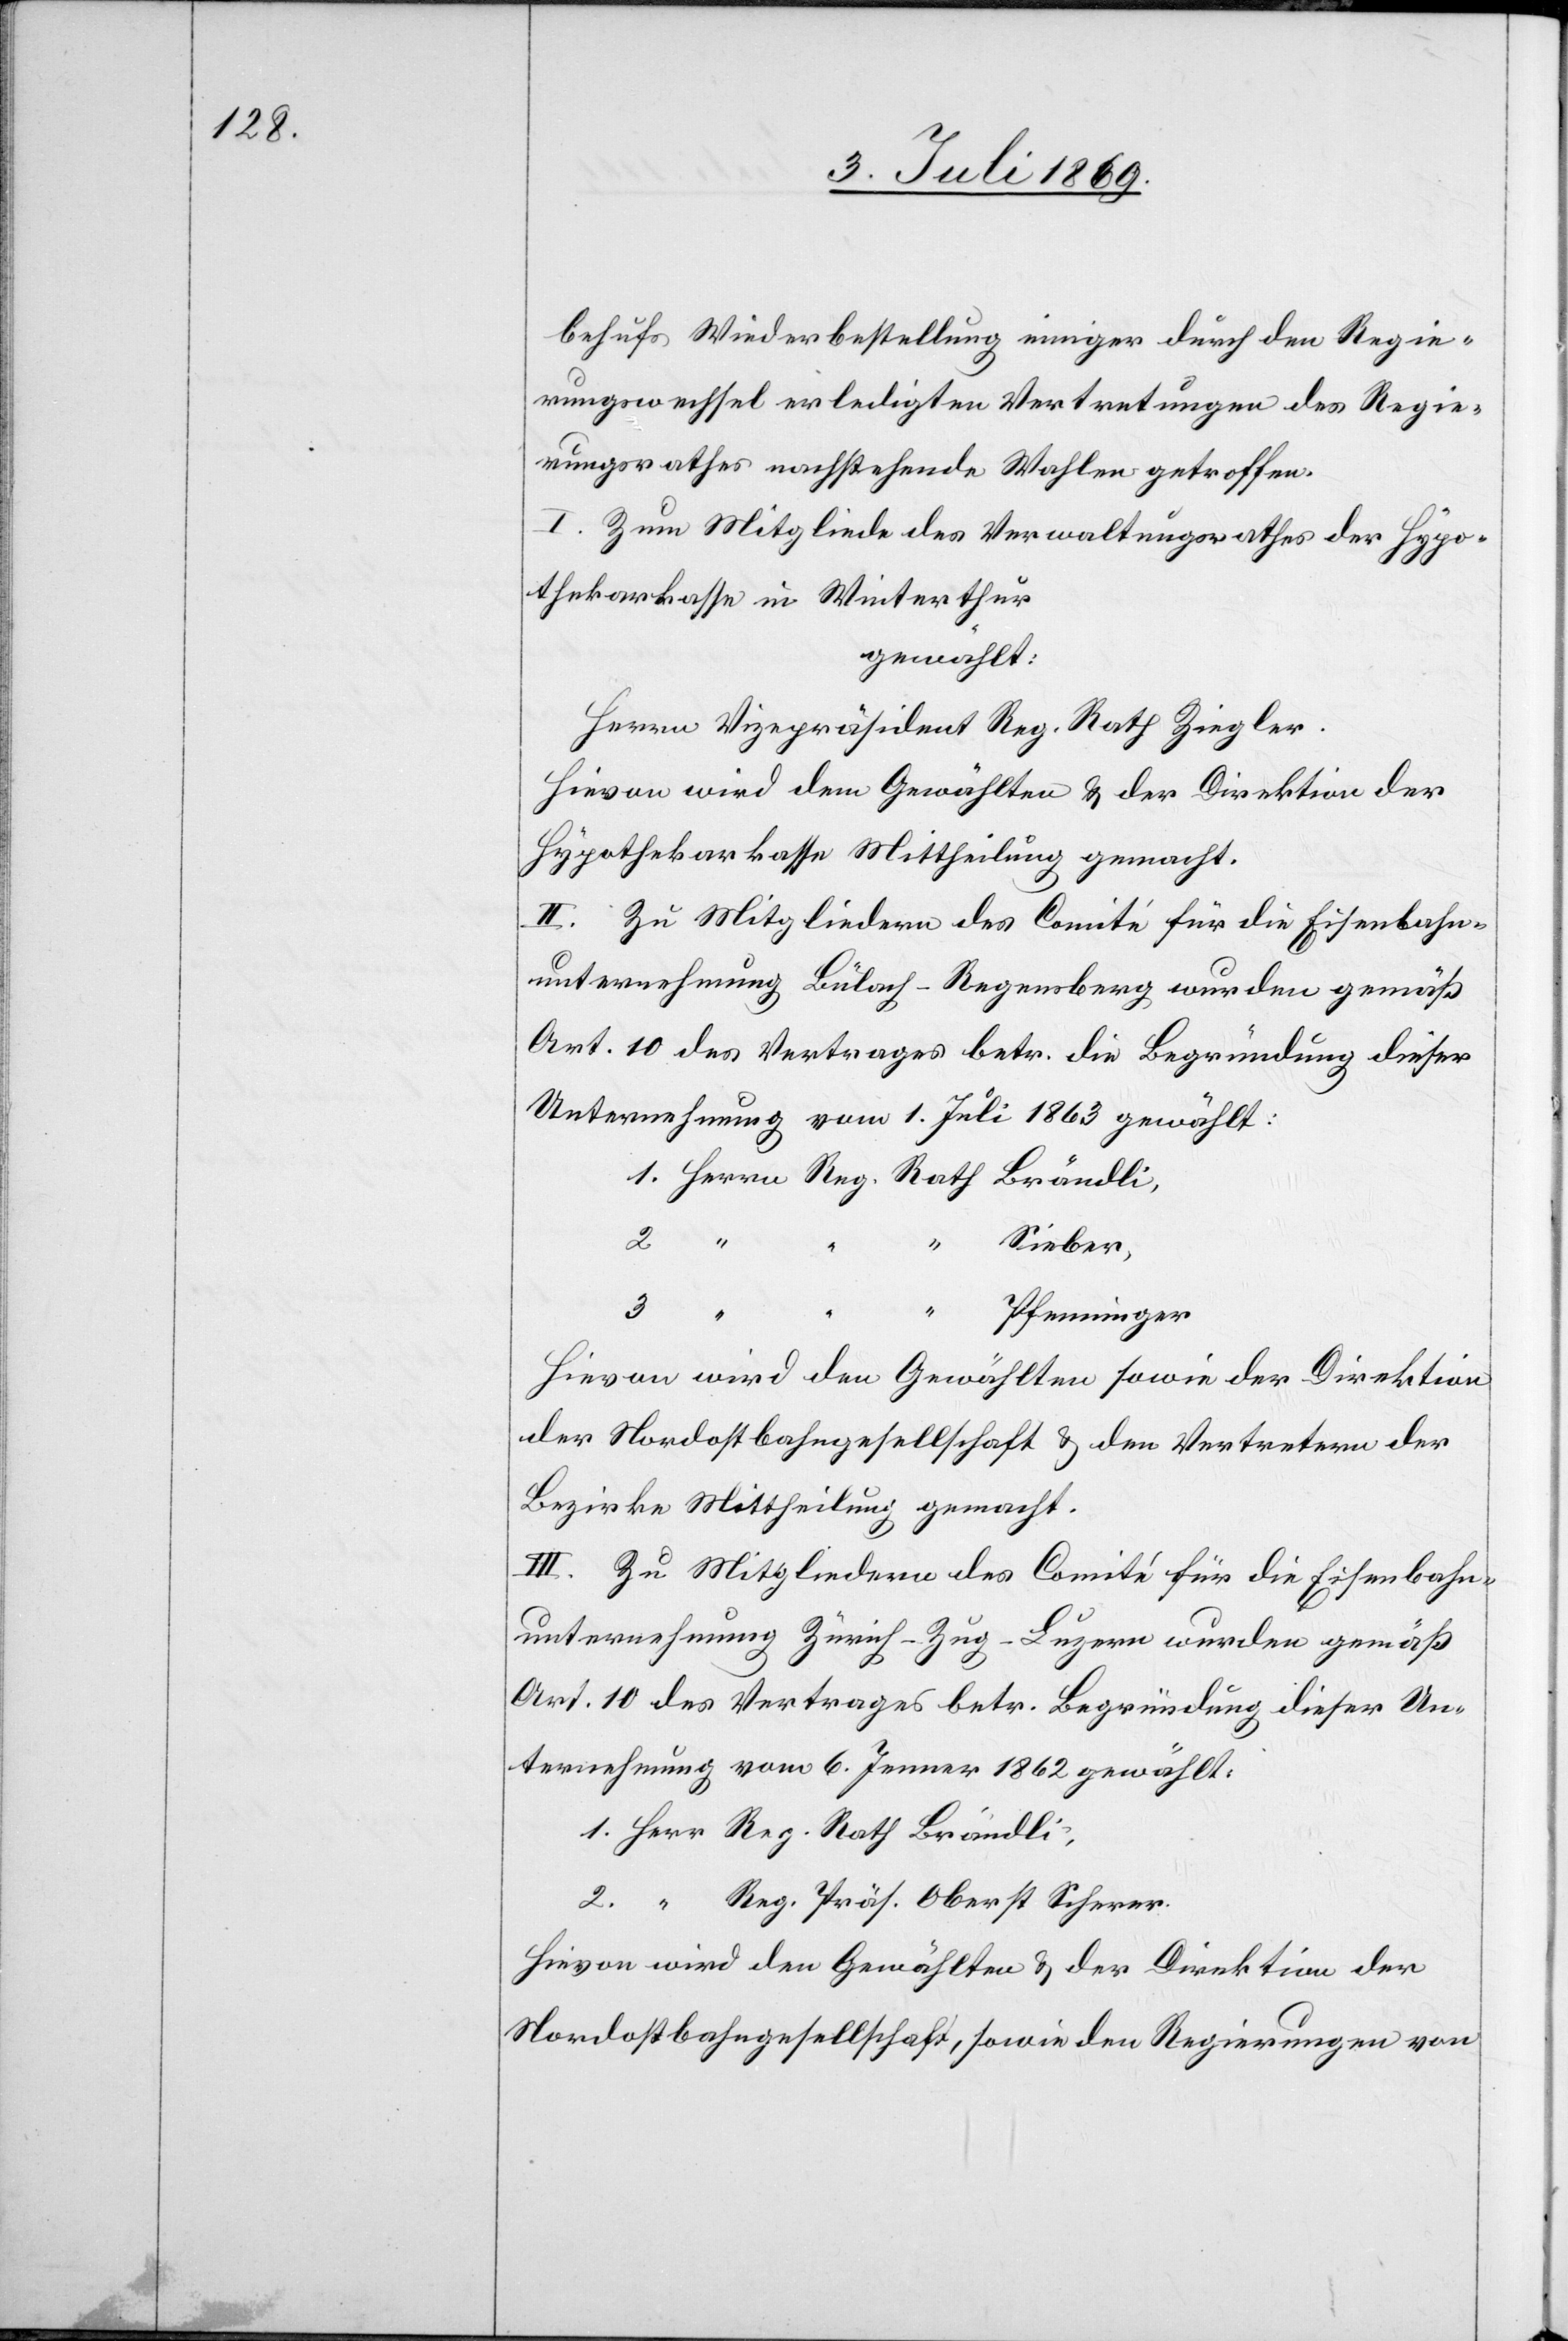
behufs Wiederbestellung einiger durch den Regie¬
rungswechsel erledigten Vertretungen des Regie¬
rungsrathes nachstehende Wahlen getroffen.
I. Zum Mitgliede des Verwaltungsrathes der Hypo¬
thekenkasse in Winterthur
gewählt:
Herrn Vizepräsident Reg. Rath Ziegler.
Hievon wird dem Gewählten u. der Direktion der
Hypothekarkasse Mittheilung gemacht.
II. Zu Mitgliedern des Comité für die Eisenbahn¬
unternehmung Bülach-Regensberg wurden gemäß
Art. 10 des Vertrages betr. die Begründung dieser
Unternehmung vom 1 Juli 1863 gewählt:
Herrn Reg. Rath Brändli,
ber,
Pfenninger
Hievon wird den Gewählten sowie der Direktion
der Nordostbahngesellschaft u. den Vertretern der
Bezirke Mittheilung gemacht.
III. Zu Mitgliedern des Comité für die Eisenbahn¬
unternehmung Zürich-Zug-Luzern wurden gemäß
Art. 10 des Vertrages betr. Begründung dieser Un¬
ternehmung vom 6 Jenner 1862 gewählt:
Herr Reg. Rath Brändli,
“	 Reg. Präs. Oberst Scherer.
Hievon wird den Gewählten u. der Direktion der
Nordostbahngesellschaft, sowie den Regierungen von